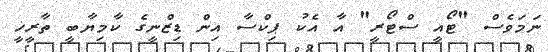
ނަމަވެސް "ޓޯއީ ސްޓޯރީ" އާ އެކު ޕިކްސާ އިން ޑިޒްނީގެ ކާމިޔާބީ ތާރީޚީ